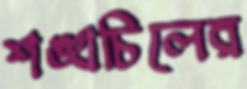
শঙ্খচিলের